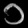
Digit: ၁